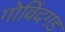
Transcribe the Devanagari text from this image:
गोविंदगड